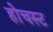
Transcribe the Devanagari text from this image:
होचस्ट